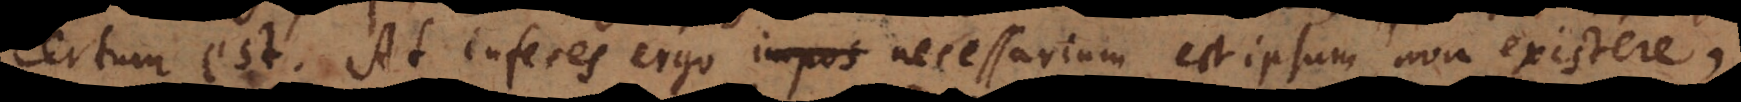
certum est. At inferes ergo impos necessarium est ipsum non existere,